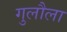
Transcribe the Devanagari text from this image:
गुलौला